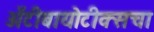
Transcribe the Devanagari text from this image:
अँटीबायोटीक्सचा